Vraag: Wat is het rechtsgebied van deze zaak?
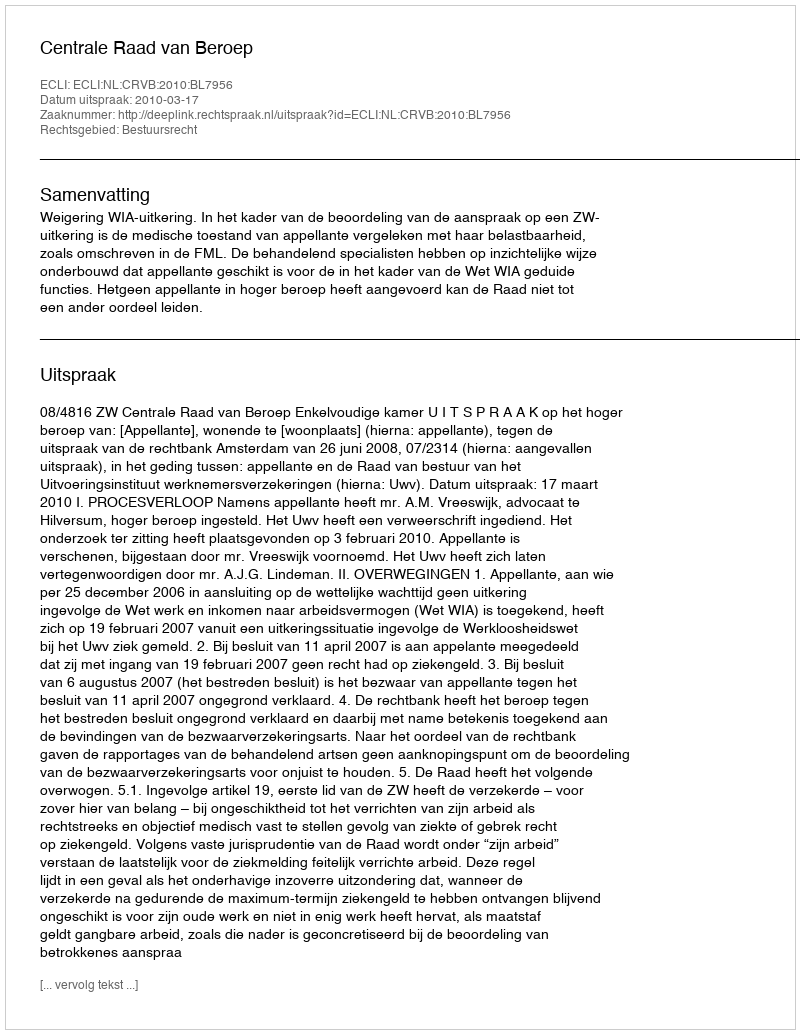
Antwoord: Bestuursrecht